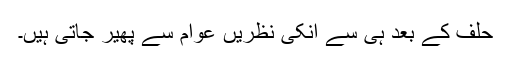
حلف کے بعد ہی سے انکی نظریں عوام سے پھیر جاتی ہیں۔